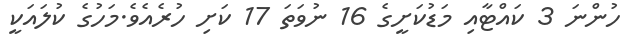
ހުންނަ 3 ކައްޓާއި މަޑުކަށީގެ 16 ނުވަތަ 17 ކަށި ހުރެއެވެ.މަހުގެ ކުލައަކީ